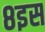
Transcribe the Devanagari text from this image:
८इस